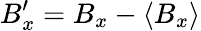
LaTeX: B_{x}^{\prime}=B_{x}-\langle B_{x}\rangle